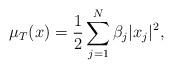
LaTeX: \begin{align*} \mu_T(x) = \frac{1}{2} \sum_{j=1}^N \beta_j |x_j|^2, \end{align*}